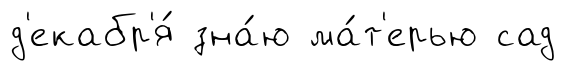
д'екабр'я́ зна́ю ма́т'ерью сад